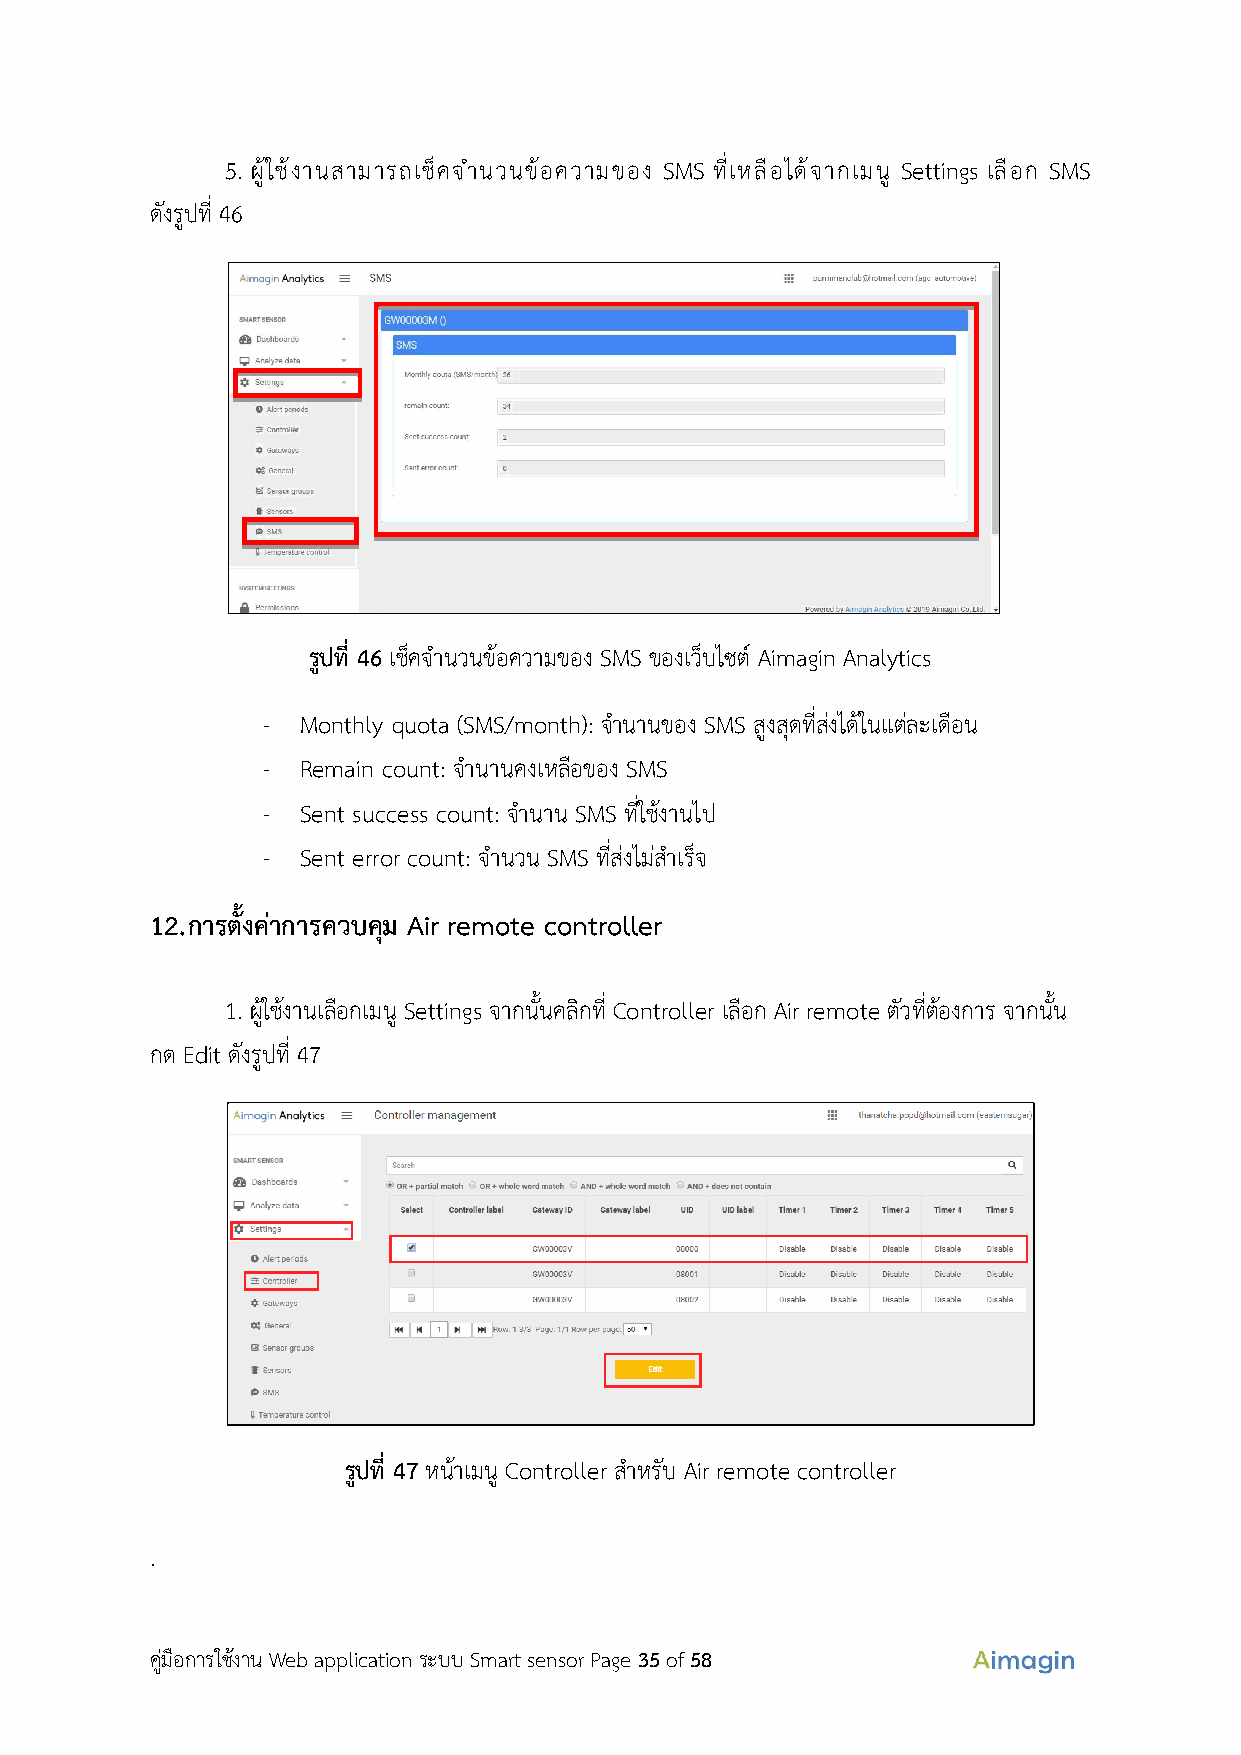
5. ผู้ใช้งานสามารถเช็คจำนวนข้อความของ SMS ที่เหลือได้จากเมนู Settings เลือก SMS
 ดงั รูปที่ 46
 รูปที่ 46 เช็คจำนวนข้อความของ SMS ของเว็บไซต์ Aimagin Analytics
 -  Monthly quota (SMS/month): จำนานของ SMS สูงสุดที่ส่งได้ในแต่ละเดือน
 -  Remain count: จำนานคงเหลือของ SMS
 -  Sent success count: จำนาน SMS ที่ใช้งานไป
 -  Sent error count: จำนวน SMS ที่ส่งไม่สำเร็จ
 12. การตั้งค่าการควบคุม Air remote controller
 1. ผู้ใช้งานเลือกเมนู Settings จากนั้นคลิกที่ Controller เลือก Air remote ตัวที่ต้องการ จากนั้น
 กด Edit ดงั รูปที่ 47
 รูปที่ 47 หน้าเมนู Controller สำหรับ Air remote controller
 .
 คู่มือการใช้งาน Web application ระบบ Smart sensor Page 35 of 58